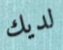
لديك